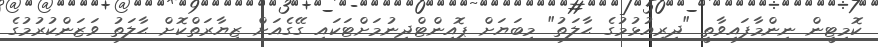
ކޮމިޓީން ނިންމާފައިވާތީ "ދިރިއުޅުމުގެ ޙާލަތު" މިބަޔަށް ޕޮއިންޓްދިނުމަށްޓަކައި ގޭގެއަށް ޒިޔާރަތްކޮށް ޙާލަތު ވަޒަންކުރުމުގެ